Snake-venoms in relation to hæmolysis - Number 17
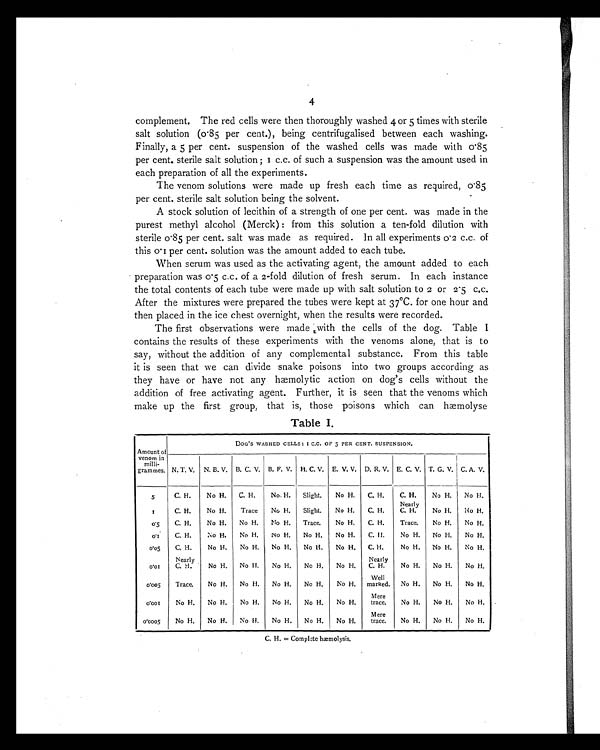
4
complement. The red cells were then thoroughly washed 4 or 5 times with sterile
salt solution (0.85 per cent.), being centrifugalised between each washing.
Finally, a 5 per cent. suspension of the washed cells was made with 0.85
per cent. steri l e sal t sol uti on ; 1 c. c. of such a suspensi on was the amount used i n
each preparation of all the experiments.
The venom solutions were made up fresh each time as required, 0.85
per cent. sterile salt solution being the solvent.
A stock solution of lecithin of a strength of one per cent. was made in the
purest methyl alcohol (Merck) : from this solution a ten-fold dilution with
sterile 0.85 per cent. salt was made as required. In all experiments 0.2 c.c. of
this 0.1 per cent. solution was the amount added to each tube.
When serum was used as the activating agent, the amount added to each
preparation was 0.5 c.c. of a 2-fold dilution of fresh serum. In each instance
the total contents of each tube were made up with salt solution to 2 or 2.5 c.c.
After the mixtures were prepared the tubes were kept at 37°C. for one hour and
then placed in the ice chest overnight, when the results were recorded.
The first observations were made with the cells of the dog. Table I
contains the results of these experiments with the venoms alone, that is to
say, without the addition of any complemental substance. From this table
it is seen that we can divide snake poisons into two groups according as
they have or have not any hæmolytic action on dog's cells without the
addition of free activating agent. Further, it is seen that the venoms which
make up the first group, that is, those poisons which can hæmolyse
Table I.
Amount of
venom in
milli-
grammes.
DOG ' S WASHED CELLS: 1 C.C. OF 5 PER CENT. SUSPENSION.
N. T. V.
N. B. V. B. C. V. B. F. V. H. C. V. E. V. V. D. R. V. E. C. V. T. G. V. C. A. V.
5
C. H.
No H.
C. H.
No. H.
Slight.
No H.
C. H.
C. H.
No H.
No H.
1
C. H.
No H.
Trace
No H.
Slight.
No H.
C. H.
Nearly
C. H.
No H.
No H.
0 . 5
C. H.
No H.
No H.
No H.
Trace.
No H.
C. H.
Trace.
No H.
No H.
0 . 1
C. H.
No H
No H.
No H.
No H.
No H.
C.H.
No H.
No H.
No H.
0 . 0 5
C. H.
No H.
No H.
No H.
No H.
No H.
C. H.
No H.
No H.
No H.
0 . 0 1
Nearly
C. H.
No H.
No H.
No H.
No H.
No H.
Nearly
C. H.
No H.
No H.
No H.
0 . 0 0 5
Trace.
No H.
No H.
No H.
No H.
No H.
Well
marked.
No H.
No H.
No H.
0 . 0 0 1
No H.
No H.
No H.
No H.
No H.
No H.
Mere
trace.
No H.
No H.
No H.
0.0005
No H.
No H.
No H.
No H.
No H.
No H.
Mere
trace.
No H.
No H.
No H.
C. H. = Complete hmmolysis.